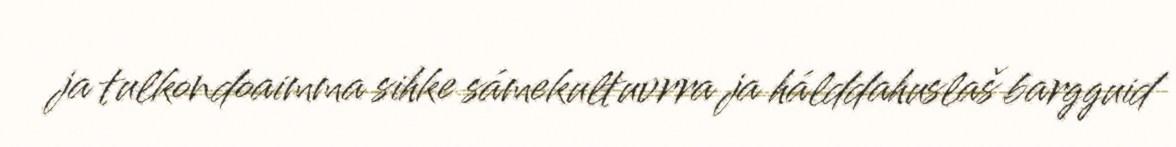
ja tulkondoaimma sihke sámekultuvrra ja hálddahuslaš bargguid